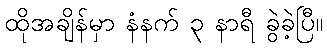
ထိုအချိန်မှာ နံနက် ၃ နာရီ ခွဲခဲ့ပြီ။